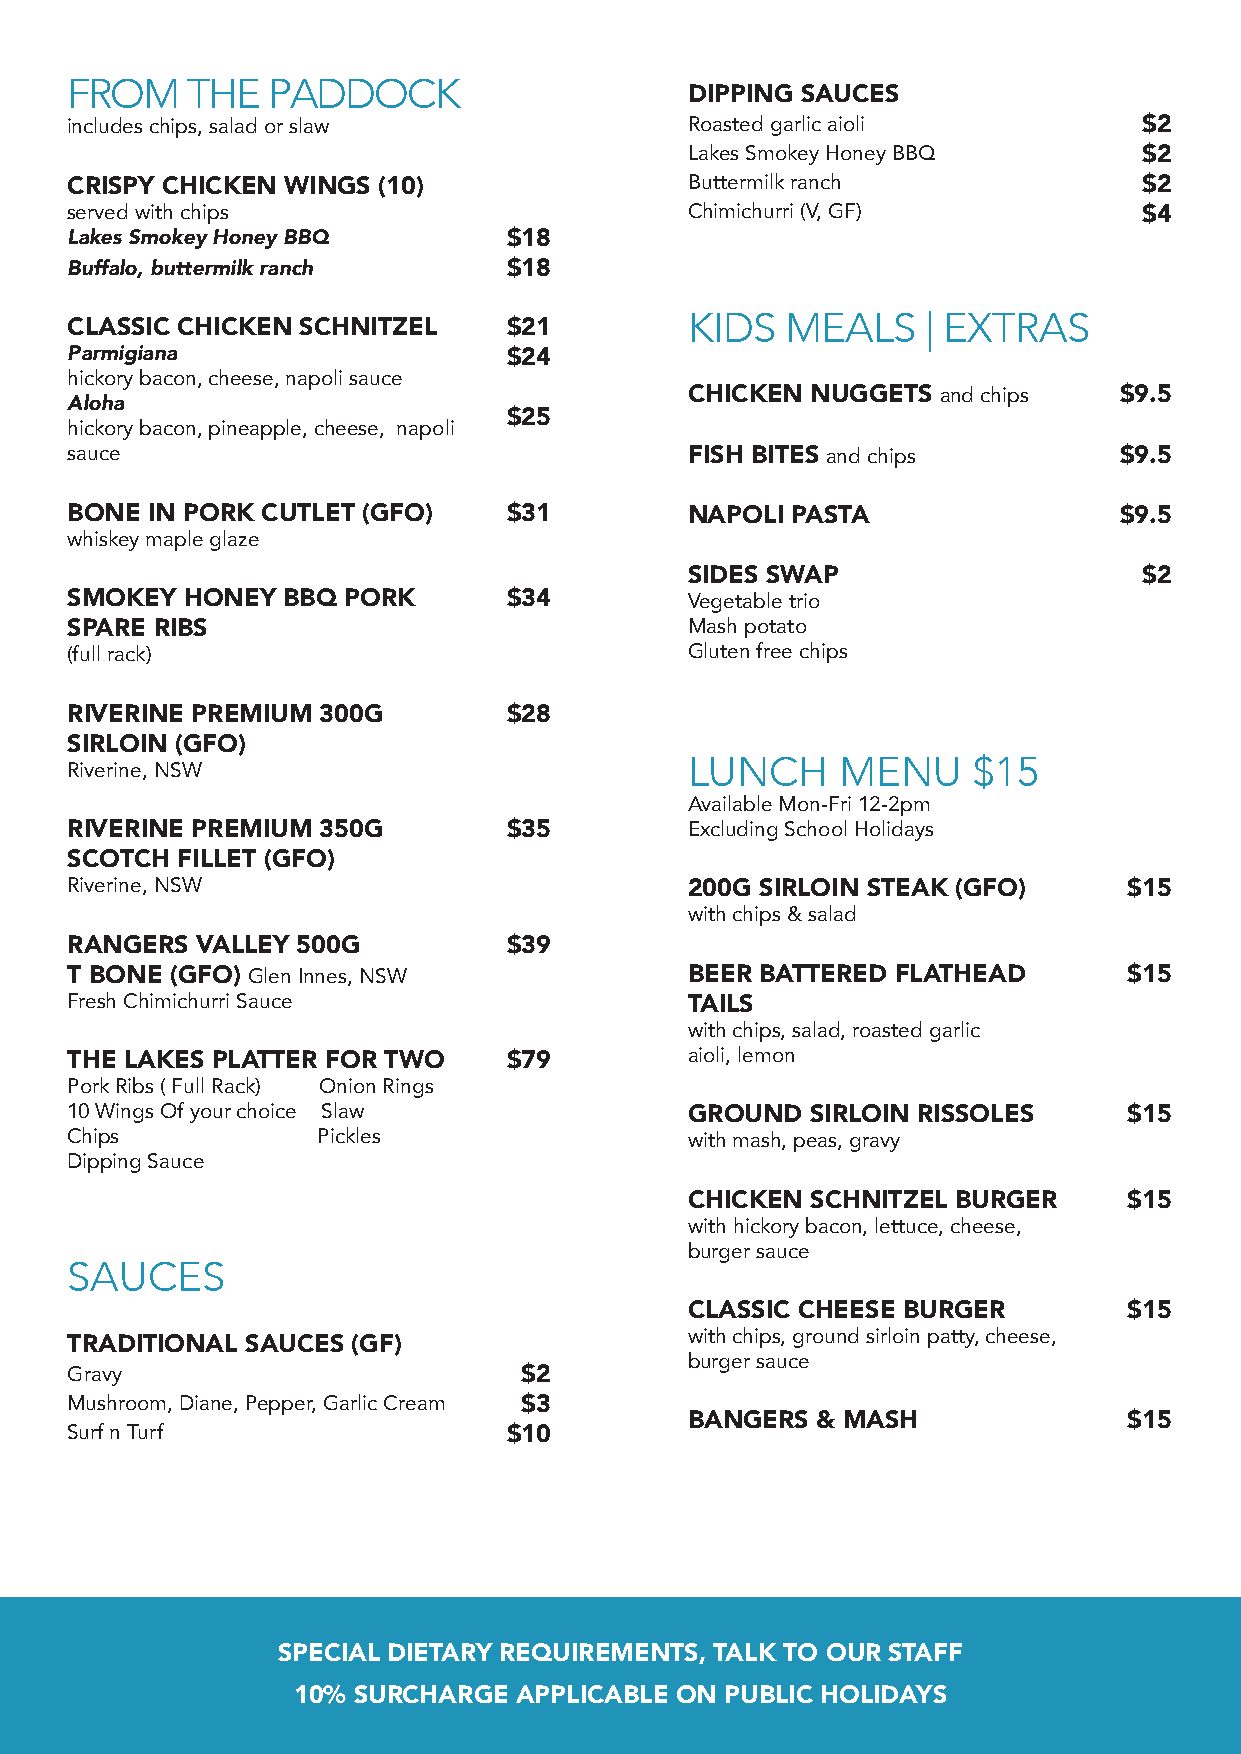
FROM    THE   PADDOCK
 DIPPING SAuCES
 includes chips, salad or slaw             Roasted garlic aioli          $2
 Lakes Smokey Honey BBQ        $2
 CRISPY CHICkEN WINGS (10)                 Buttermilk ranch              $2
 served with chips                         Chimichurri (V, GF)           $4
 Lakes Smokey Honey BBQ        $18
 Buffalo, buttermilk ranch     $18
 KIDS  MEALS    | EXTRAS
 CLASSIC CHICkEN SCHNITzEL     $21
 Parmigiana                    $24
 hickory bacon, cheese, napoli sauce
 CHICkEN NuGGETS and chips   $9.5
 Aloha
 $25
 hickory bacon, pineapple, cheese, napoli
 sauce                                     FISH BITES and chips        $9.5
 BONE  IN PORk CuTLET (GFO)    $31         NAPOLI PASTA                $9.5
 whiskey maple glaze
 SIDES SWAP                    $2
 SmOkEY  HONEY  BBq PORk       $34         Vegetable trio
 SPARE RIBS                                Mash potato
 (full rack)                               Gluten free chips
 RIVERINE PREmIum 300G         $28
 SIRLOIN (GFO)
 LUNCH     MENU    $15
 Riverine, NSW
 Available Mon-Fri 12-2pm
 RIVERINE PREmIum 350G         $35         Excluding School Holidays
 SCOTCH  FILLET (GFO)
 Riverine, NSW                             200G SIRLOIN STEAk (GFO)     $15
 with chips & salad
 RANGERS  VALLEY 500G          $39
 T BONE (GFO) Glen Innes, NSW              BEER BATTERED FLATHEAD       $15
 Fresh Chimichurri Sauce                   TAILS
 with chips, salad, roasted garlic
 THE LAkES PLATTER FOR TWO     $79         aioli, lemon
 Pork Ribs ( Full Rack) Onion Rings
 10 Wings Of your choice Slaw              GROuND  SIRLOIN RISSOLES     $15
 Chips            Pickles                  with mash, peas, gravy
 Dipping Sauce
 CHICkEN SCHNITzEL BuRGER     $15
 with hickory bacon, lettuce, cheese,
 burger sauce
 SAUCES
 CLASSIC CHEESE BuRGER        $15
 with chips, ground sirloin patty, cheese,
 TRADITIONAL SAuCES (GF)
 burger sauce
 Gravy                         $2
 Mushroom, Diane, Pepper, Garlic Cream $3
 BANGERS & mASH               $15
 Surf n Turf                   $10
 SPECIAL DIETARY REquIREmENTS, TALk TO OuR STAFF
 10% SuRCHARGE  APPLICABLE ON PuBLIC HOLIDAYS